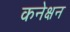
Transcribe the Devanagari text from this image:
कनेक्षन